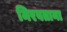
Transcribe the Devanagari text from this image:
मिरवताना